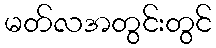
မတ်လအတွင်းတွင်